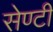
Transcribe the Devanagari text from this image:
सेण्टी